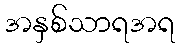
အနှစ်သာရအရ